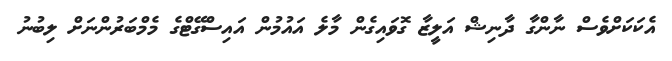
އެކަކަށްވެސް ނާންގާ ދާނިޝް އަލީޒާ ގޮވައިގެން މާލެ އައުމުން އައިސްގޭޓްގެ މެމްބަރުންނަށް ލިބުނު